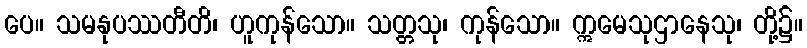
ပေ။ သမနုပဿတီတိ၊ ဟူကုန်သော။ သတ္တသု၊ ကုန်သော။ ဣမေသုဌာနေသု၊ တို့၌။